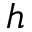
h